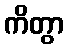
ကိတွာ